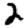
Digit: 2